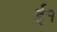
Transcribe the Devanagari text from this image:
ई१